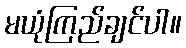
မယုံကြည်ချင်ပါ။